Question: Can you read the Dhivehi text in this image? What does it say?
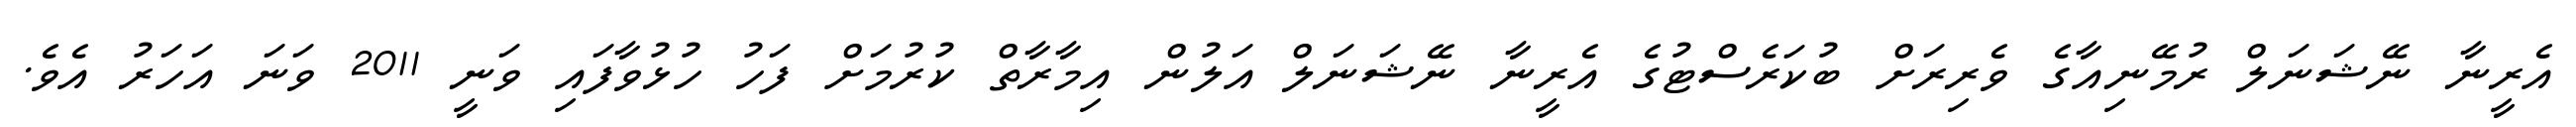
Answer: އެރީނާ ނޭޝަނަލް ރުމޭނިއާގެ ވެރިރަށް ބުކަރެސްޓުގެ އެރީނާ ނޭޝަނަލް އަލުން އިމާރާތް ކުރުމަށް ފަހު ހުޅުވާފައި ވަނީ 2011 ވަނަ އަހަރު އެވެ.